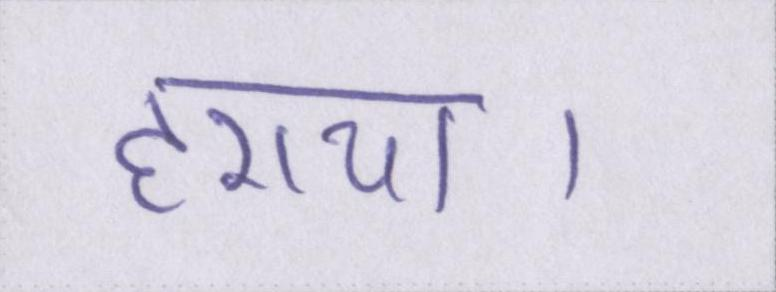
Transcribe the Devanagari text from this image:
हराया।